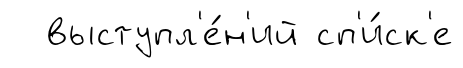
выступл'е́н'ий сп'и́ск'е